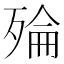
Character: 𪵅